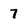
Character: 7